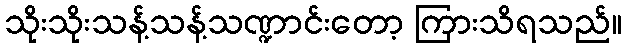
သိုးသိုးသန့်သန့်သဏ္ဍာင်းတော့ ကြားသိရသည်။